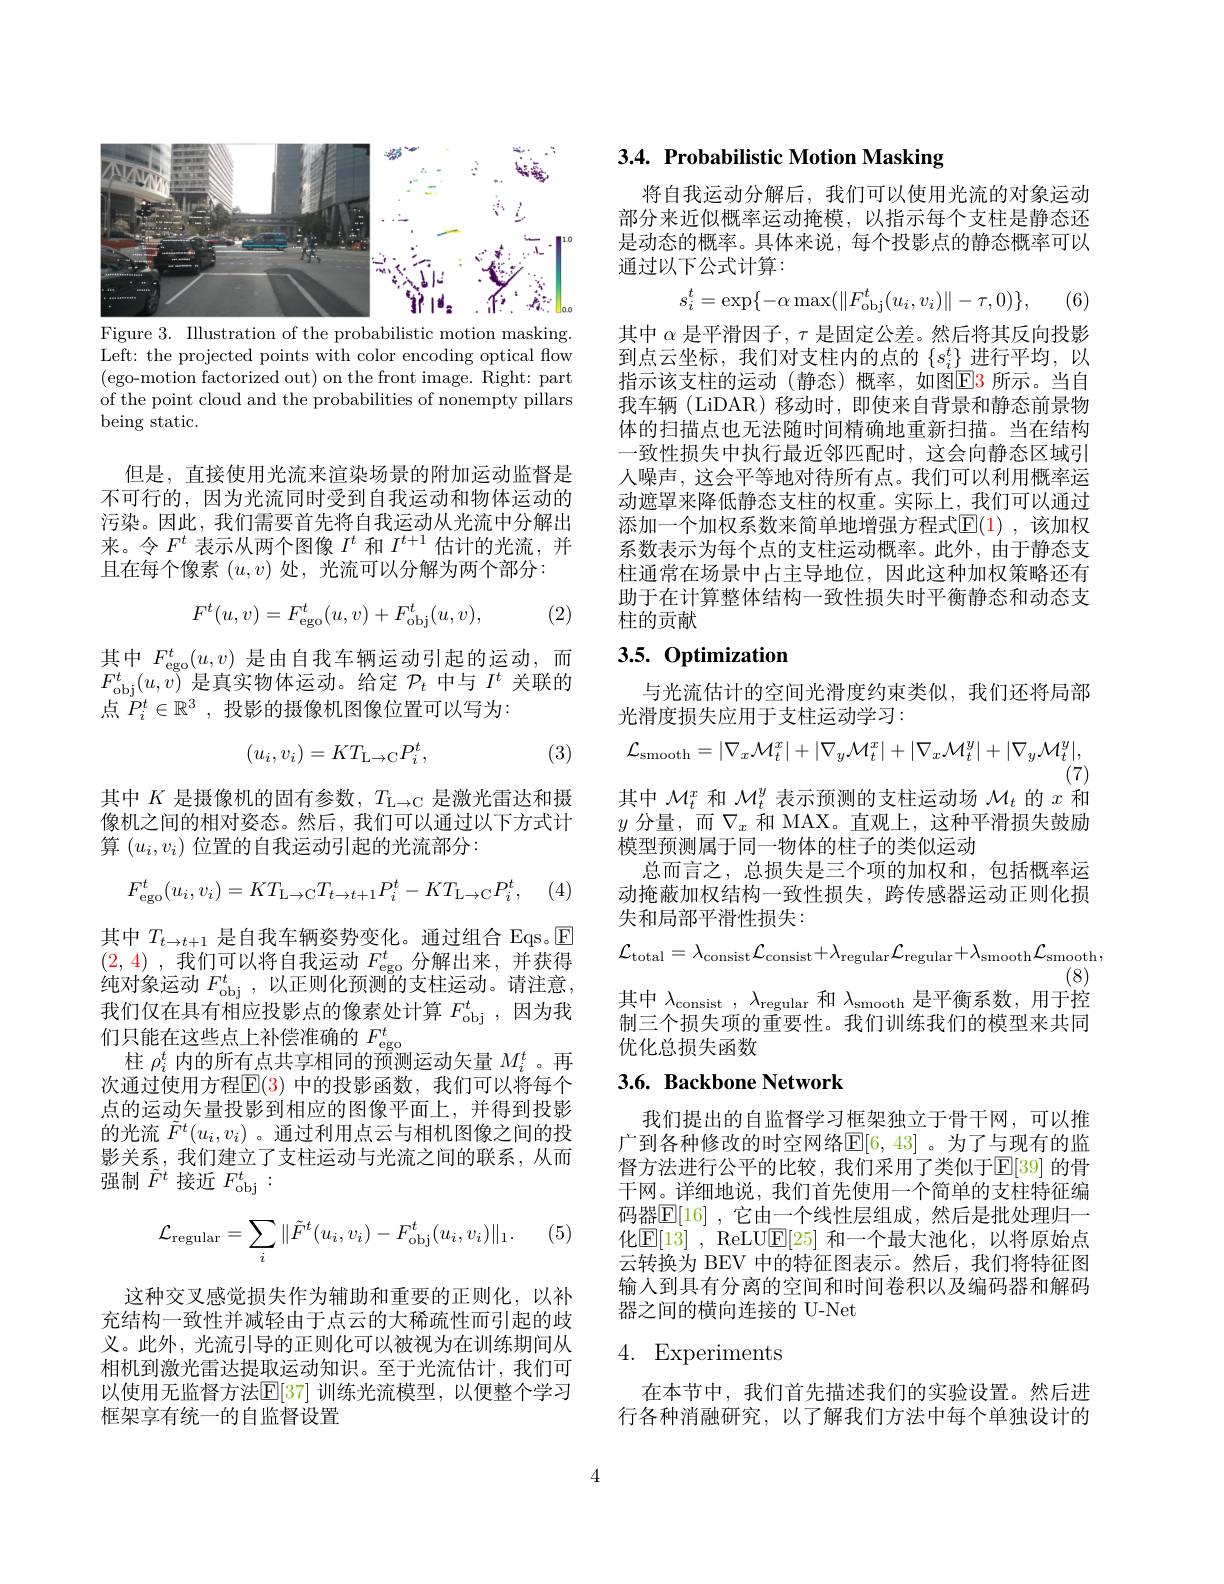
<FigureHere>
Figure 3. Illustration of the probabilistic motion masking

Left: the projected points with color encoding optical flow (ego-motion factorized out) on the front image. Right: part of the point cloud and the probabilities of nonempty pillars being static.

但是，直接使用光流来渲染场景的附加运动监督是不可行的，因为光流同时受到自我运动和物体运动的污染。因此，我们需要首先将自我运动从光流中分解出来。令$F^t$表示从两个图像$I^t$和$I^t+1$估计的光流，并且在每个像素$(u,v)$处，光流可以分解为两个部分：
$$F^t(u,v)=F_{\mathrm{ego}}^t(u,v)+F_{\mathrm{obj}}^t(u,v),$$
(2)

其中$F_{\mathrm{ego}}^t(u,v)$是由自我车辆运动引起的运动，而$F_{\mathrm{obj}}^{t}(u,v)$是真实物体运动。给定$\mathcal{P}_t$中与$I^t$关联的点$\ddot{P}_i^t\in\mathbb{R}^3$,投影的摄像机图像位置可以写为2
$$(u_i,v_i)=KT_{\mathrm{L}\to\mathrm{C}}P_i^t,$$
(3)

其中$K$是摄像机的固有参数，$T_{\mathrm{L}\to\mathbb{C}}$是激光雷达和摄像机之间的相对姿态。然后，我们可以通过以下方式计算$(u_i,v_i)$位置的自我运动引起的光流部分：
$$F_{\mathrm{ego}}^{t}(u_{i},v_{i})=KT_{\mathrm{L}\to\mathrm{C}}T_{t\to t+1}P_{i}^{t}-KT_{\mathrm{L}\to\mathrm{C}}P_{i}^{t},$$
, (4,

其中$T_{t\to t+1}$是自我车辆姿势变化。通过组合 Eqs。$\overline{\mathrm{E}}$ (2,4) ,我们可以将自我运动$F_\mathrm{ego}^t$分解出来，并获得纯对象运动$F_\mathrm{obj}^t$,以正则化预测的支柱运动。请注意， 我们仅在具有相应投影点的像素处计算 $F_\mathrm{obj}^t$,因为我们只能在这些点上补偿准确的$F_\mathrm{ego}^t$
柱$\rho_i^t$内的所有点共享相同的预测运动矢量$M_i^t$ 。再次通过使用方程$\mathbb{E}(3)$ 中的投影函数，我们可以将每个点的运动矢量投影到相应的图像平面上，并得到投影的光流$\tilde{F}^t(u_i,v_i)$。通过利用点云与相机图像之间的投影关系，我们建立了支柱运动与光流之间的联系，从而强制$\tilde{F}^t$接近$F_\mathrm{obj}^t:$

(5)
$$\mathcal{L}_{\text{regular}}=\sum_i\|\tilde{F}^t(u_i,v_i)-F_{\text{obj}}^t(u_i,v_i)\|_1.$$
这种交叉感觉损失作为辅助和重要的正则化，以补充结构一致性并减轻由于点云的大稀疏性而引起的歧义。此外，光流引导的正则化可以被视为在训练期间从相机到激光雷达提取运动知识。至于光流估计，我们可以使用无监督方法$\mathbb{E}[37]$ 训练光流模型，以便整个学习框架享有统一的自监督设置

# 3.4. Probabilistic Motion Masking

将自我运动分解后，我们可以使用光流的对象运动部分来近似概率运动掩模，以指示每个支柱是静态还是动态的概率。具体来说，每个投影点的静态概率可以通过以下公式计算：
$$s_i^t=\exp\{-\alpha\max(\|F_{\mathrm{obj}}^t(u_i,v_i)\|-\tau,0)\},$$
(6)

其中$\alpha$是平滑因子$,\tau$是固定公差。然后将其反向投影到点云坐标，我们对支柱内的点的$\{s_i^t\}$进行平均，以指示该支柱的运动(静态)概率，如图$\color{red}{\mathrm{E}}\color{blue}{\mathrm{E}}\color{red}{\mathrm{B}}$所示。当自我车辆(LiDAR)移动时，即使来自背景和静态前景物体的扫描点也无法随时间精确地重新扫描。当在结构一致性损失中执行最近邻匹配时，这会向静态区域引人噪声，这会平等地对待所有点。我们可以利用概率运动遮罩来降低静态支柱的权重。实际上，我们可以通过添加一个加权系数来简单地增强方程式$\mathbb{E}(1)$ ,该加权系数表示为每个点的支柱运动概率。此外，由于静态支柱通常在场景中占主导地位，因此这种加权策略还有助于在计算整体结构一致性损失时平衡静态和动态支柱的贡献

# $3.5.~0ptimization$
$$\mathcal{L}_{\mathrm{smooth}}=|\nabla_{x}\mathcal{M}_{t}^{x}|+|\nabla_{y}\mathcal{M}_{t}^{x}|+|\nabla_{x}\mathcal{M}_{t}^{y}|+|\nabla_{y}\mathcal{M}_{t}^{y}|,$$
(7)
其中$\mathcal{M}_t^x$和$\mathcal{M}_t^y$表示预测的支柱运动场$\mathcal{M}_t$的$x$和

与光流估计的空间光滑度约束类似，我们还将局部
光滑度损失应用于支柱运动学习：
$y$分量，而$\nabla_x$和 MAX。直观上，这种平滑损失鼓励
模型预测属于同一物体的柱子的类似运动
总而言之，总损失是三个项的加权和，包括概率运动掩蔽加权结构一致性损失，跨传感器运动正则化损失和局部平滑性损失：
$$\mathcal{L}_{\mathrm{total}}=\lambda_{\mathrm{consist}}\mathcal{L}_{\mathrm{consist}}+\lambda_{\mathrm{regular}}\mathcal{L}_{\mathrm{regular}}+\lambda_{\mathrm{smooth}}\mathcal{L}_{\mathrm{smooth}},$$
(8)
其中$\lambda_\mathrm{consist},\lambda_\mathrm{regular}$和$\lambda_\mathrm{smooth}$是平衡系数，用于控制三个损失项的重要性。我们训练我们的模型来共同优化总损失函数

## $3. 6. \textbf{Backbone Network}$

我们提出的自监督学习框架独立于骨干网，可以推广到各种修改的时空网络$\mathbb{E}[6,43]$ 。为了与现有的监督方法进行公平的比较，我们采用了类似于$\mathbb{E}[39]$ 的骨干网。详细地说，我们首先使用一个简单的支柱特征编码器$\mathbb{E}[16]$ ,它由一个线性层组成，然后是批处理归一化$\boxed{\mathrm{E}[13]}$, ReLU$\boxed{\mathrm{E}[25]}$ 和一个最大池化，以将原始点云转换为 BEV 中的特征图表示。然后，我们将特征图输入到具有分离的空间和时间卷积以及编码器和解码器之间的横向连接的 U-Net

# 4. Experiments

在本节中，我们首先描述我们的实验设置。然后进行各种消融研究，以了解我们方法中每个单独设计的

4